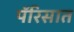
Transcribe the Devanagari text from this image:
पॅरिसात